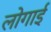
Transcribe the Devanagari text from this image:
लोगाई